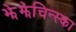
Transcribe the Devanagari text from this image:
झेझेचिन्स्का